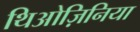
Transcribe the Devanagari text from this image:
थिओज़िनिया